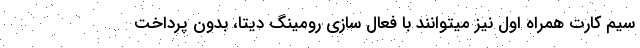
سیم کارت همراه اول نیز میتوانند با فعال سازی رومینگ دیتا، بدون پرداخت